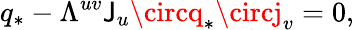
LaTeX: q_{*}-\Lambda^{uv}\mathsf{J}_{u}\circq_{*}\circj_{v}=0,